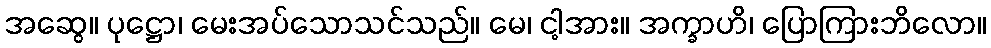
အဆွေ။ ပုဋ္ဌော၊ မေးအပ်သောသင်သည်။ မေ၊ ငါ့အား။ အက္ခာဟိ၊ ပြောကြားဘိလော။